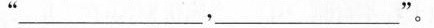
” ___，___。"